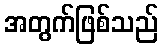
အတွက်ဖြစ်သည်